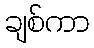
ချစ်ကာ